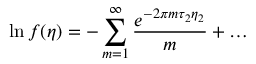
\ln f ( \eta ) = - \sum _ { m = 1 } ^ { \infty } { \frac { e ^ { - 2 \pi m \tau _ { 2 } \eta _ { 2 } } } { m } } + \dots